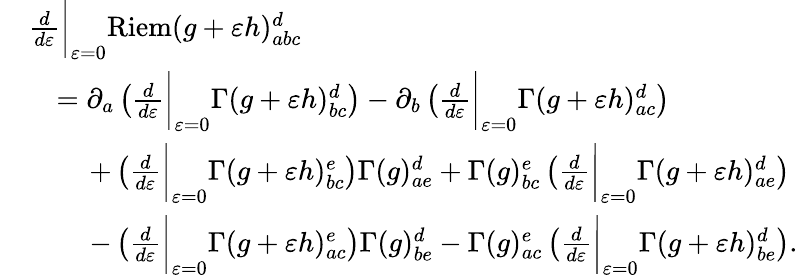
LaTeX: \begin{array}{rl}&{\frac{d}{d\varepsilon}\bigg\vert_{\varepsilon=0}\mathrm{Riem}(g+\varepsilon h)_{abc}^{d}}\\ &{\quad=\partial_{a}\left(\frac{d}{d\varepsilon}\bigg\vert_{\varepsilon=0}\Gamma(g+\varepsilon h)_{bc}^{d}\right)-\partial_{b}\left(\frac{d}{d\varepsilon}\bigg\vert_{\varepsilon=0}\Gamma(g+\varepsilon h)_{ac}^{d}\right)}\\ &{\quad\quad\, +\left(\frac{d}{d\varepsilon}\bigg\vert_{\varepsilon=0}\Gamma(g+\varepsilon h)_{bc}^{e}\right)\Gamma(g)_{ae}^{d}+\Gamma(g)_{bc}^{e}\left(\frac{d}{d\varepsilon}\bigg\vert_{\varepsilon=0}\Gamma(g+\varepsilon h)_{ae}^{d}\right)}\\ &{\quad\quad\, -\left(\frac{d}{d\varepsilon}\bigg\vert_{\varepsilon=0}\Gamma(g+\varepsilon h)_{ac}^{e}\right)\Gamma(g)_{be}^{d}-\Gamma(g)_{ac}^{e}\left(\frac{d}{d\varepsilon}\bigg\vert_{\varepsilon=0}\Gamma(g+\varepsilon h)_{be}^{d}\right).}\end{array}